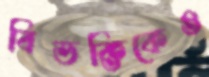
বিভক্তিকেও